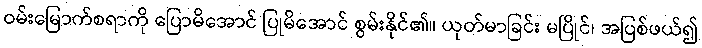
ဝမ်းမြောက်စရာကို ပြောမိအောင် ပြုမိအောင် စွမ်းနိုင်၏။ ယုတ်မာခြင်း မပြိုင်၊ အပြစ်ဖယ်၍